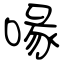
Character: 喙